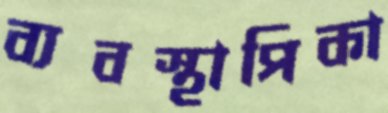
ব্যবস্থাপিকা